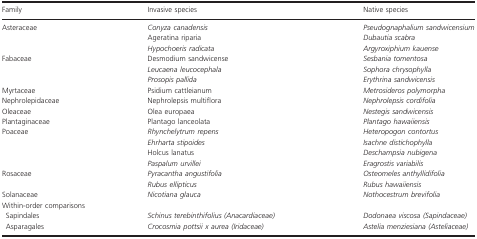
<table><thead><tr><td><b>Family</b></td><td><b>Invasive species</b></td><td><b>Native species</b></td></tr></thead><tbody><tr><td rowspan="3">Asteraceae</td><td><i>Conyza canadensis</i></td><td><i>Pseudognaphalium sandwicensium</i></td></tr><tr><td>Ageratina riparia</td><td><i>Dubautia scabra</i></td></tr><tr><td><i>Hypochoeris radicata</i></td><td><i>Argyroxiphium kauense</i></td></tr><tr><td rowspan="3">Fabaceae</td><td>Desmodium sandwicense</td><td><i>Sesbania tomentosa</i></td></tr><tr><td><i>Leucaena leucocephala</i></td><td><i>Sophora chrysophylla</i></td></tr><tr><td><i>Prosopis pallida</i></td><td><i>Erythrina sandwicensis</i></td></tr><tr><td>Myrtaceae</td><td>Psidium cattleianum</td><td><i>Metrosideros polymorpha</i></td></tr><tr><td>Nephrolepidaceae</td><td>Nephrolepsis multiflora</td><td><i>Nephrolepsis cordifolia</i></td></tr><tr><td>Oleaceae</td><td>Olea europaea</td><td><i>Nestegis sandwicensis</i></td></tr><tr><td>Plantaginaceae</td><td>Plantago lanceolata</td><td><i>Plantago hawaiiensis</i></td></tr><tr><td rowspan="4">Poaceae</td><td><i>Rhynchelytrum repens</i></td><td><i>Heteropogon contortus</i></td></tr><tr><td><i>Ehrharta stipoides</i></td><td><i>Isachne distichophylla</i></td></tr><tr><td>Holcus lanatus</td><td><i>Deschampsia nubigena</i></td></tr><tr><td><i>Paspalum urvillei</i></td><td><i>Eragrostis variabilis</i></td></tr><tr><td rowspan="2">Rosaceae</td><td><i>Pyracantha angustifolia</i></td><td><i>Osteomeles anthyllidifolia</i></td></tr><tr><td><i>Rubus ellipticus</i></td><td><i>Rubus hawaiiensis</i></td></tr><tr><td>Solanaceae</td><td><i>Nicotiana glauca</i></td><td><i>Nothocestrum brevifolia</i></td></tr><tr><td colspan="3">Within-order comparisons</td></tr><tr><td> Sapindales</td><td><i>Schinus terebinthifolius (Anacardiaceae)</i></td><td><i>Dodonaea viscosa (Sapindaceae)</i></td></tr><tr><td> Asparagales</td><td><i>Crocosmia pottsii x aurea (Iridaceae)</i></td><td><i>Astelia menziesiana (Asteliaceae)</i></td></tr></tbody></table>